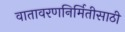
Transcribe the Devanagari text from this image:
वातावरणनिर्मितीसाठी